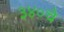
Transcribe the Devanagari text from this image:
३४०चे